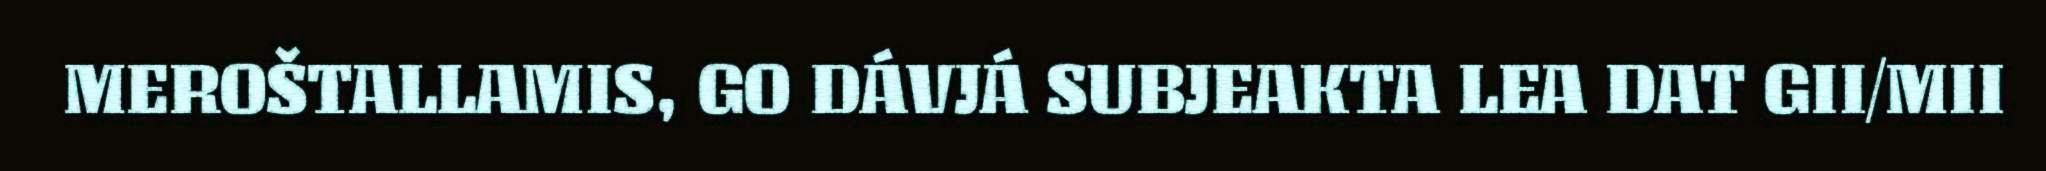
MEROŠTALLAMIS, GO DÁVJÁ SUBJEAKTA LEA DAT GII/MII